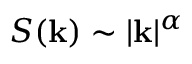
S ( \mathbf { k } ) \sim | \mathbf { k } | ^ { \alpha }